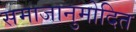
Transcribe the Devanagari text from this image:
समाजानुमोदित